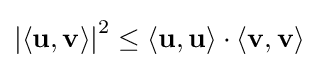
\left|\langle \mathbf {u} ,\mathbf {v} \rangle \right|^{2}\leq \langle \mathbf {u} ,\mathbf {u} \rangle \cdot \langle \mathbf {v} ,\mathbf {v} \rangle